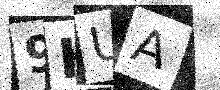
Text: 9HUA